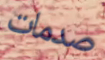
صدمات